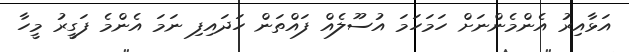
އަޅާއިރު އެންމެންނަށް ހަމަހަމަ އުސޫލެއް ފައްތަން ހަދައިފި ނަމަ އެންމެ ފަގީރު މީހާ